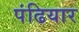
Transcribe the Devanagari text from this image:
पंढियार